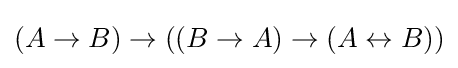
(A\to B)\to ((B\to A)\to (A\leftrightarrow B))